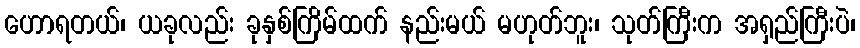
ဟောရတယ်၊ ယခုလည်း ခုနှစ်ကြိမ်ထက် နည်းမယ် မဟုတ်ဘူး၊ သုတ်ကြီးက အရှည်ကြီးပဲ၊